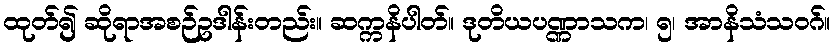
ထုတ်၍ ဆိုရာအစဉ်ဥဒါန်းတည်း။ ဆက္ကနိပါတ်။ ဒုတိယပဏ္ဏာသက၊ ၅၊ အာနိသံသဝဂ်။